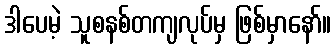
ဒါပေမဲ့ သူစနစ်တကျလုပ်မှ ဖြစ်မှာနော်။